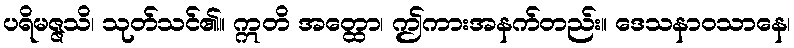
ပရိမဇ္ဇသိ၊ သုတ်သင်၏။ ဣတိ အတ္ထော၊ ဤကားအနက်တည်း။ ဒေသနာဝသာနေ၊